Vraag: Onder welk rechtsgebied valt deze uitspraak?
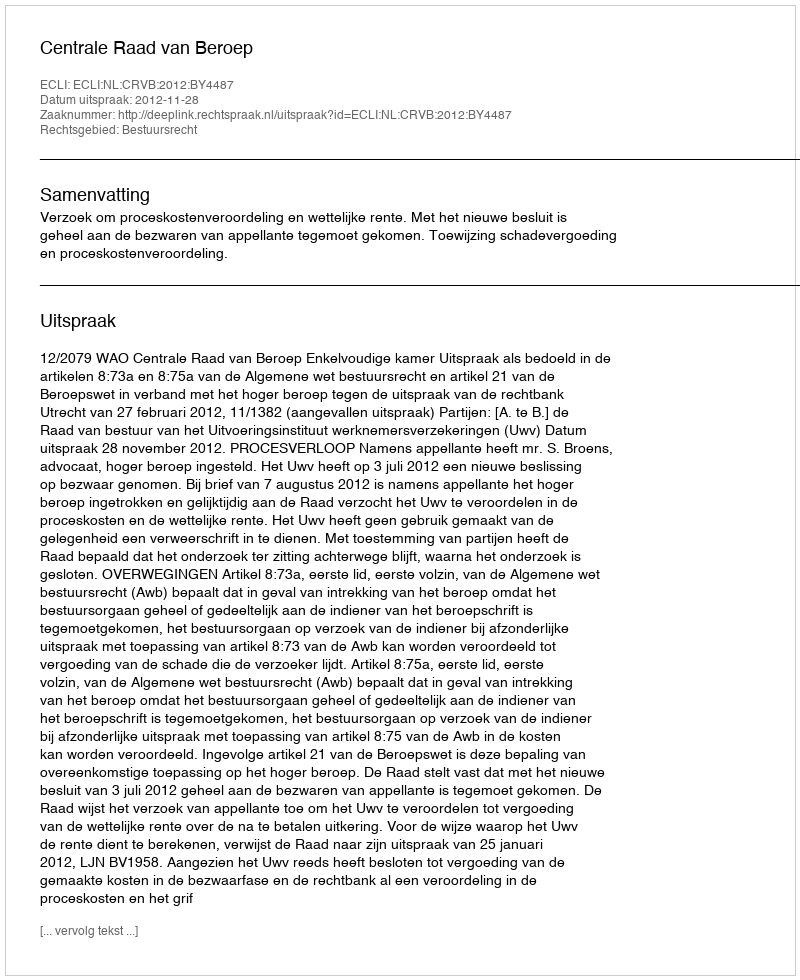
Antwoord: Bestuursrecht